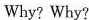
Why? Why?